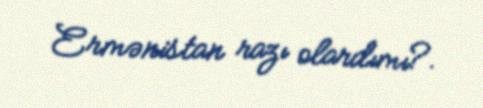
Ermənistan razı olardımı?.